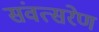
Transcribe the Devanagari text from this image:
संवत्सरेण